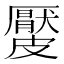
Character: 𥀬